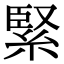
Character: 緊